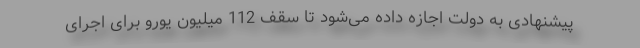
پیشنهادی به دولت اجازه داده می‌شود تا سقف 112 میلیون یورو برای اجرای